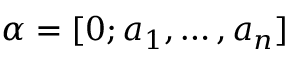
\alpha = [ 0 ; a _ { 1 } , \ldots , a _ { n } ]